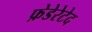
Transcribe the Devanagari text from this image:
फ़ेडेरेटेद